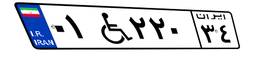
۰۱W۲۲۰۳۴